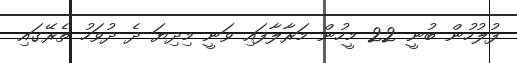
ފުލުހުން ބުނީ 22 މީހުން މަރާލާފައި ވަނީ މިދިޔަ ދެ ދުވަހު ތެރޭގައި